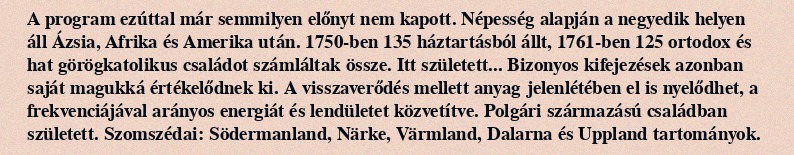
A program ezúttal már semmilyen előnyt nem kapott. Népesség alapján a negyedik helyen áll Ázsia, Afrika és Amerika után. 1750-ben 135 háztartásból állt, 1761-ben 125 ortodox és hat görögkatolikus családot számláltak össze. Itt született... Bizonyos kifejezések azonban saját magukká értékelődnek ki. A visszaverődés mellett anyag jelenlétében el is nyelődhet, a frekvenciájával arányos energiát és lendületet közvetítve. Polgári származású családban született. Szomszédai: Södermanland, Närke, Värmland, Dalarna és Uppland tartományok.